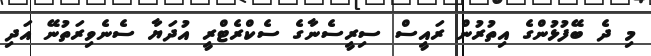
މި ދެ ބޭފުޅުންގެ އިތުރުން ރައީސް ސިރީސެނާގެ ސެކްރެޓްރީ އުދަޔާ ސެނެވިރަތުނޭ އަދި